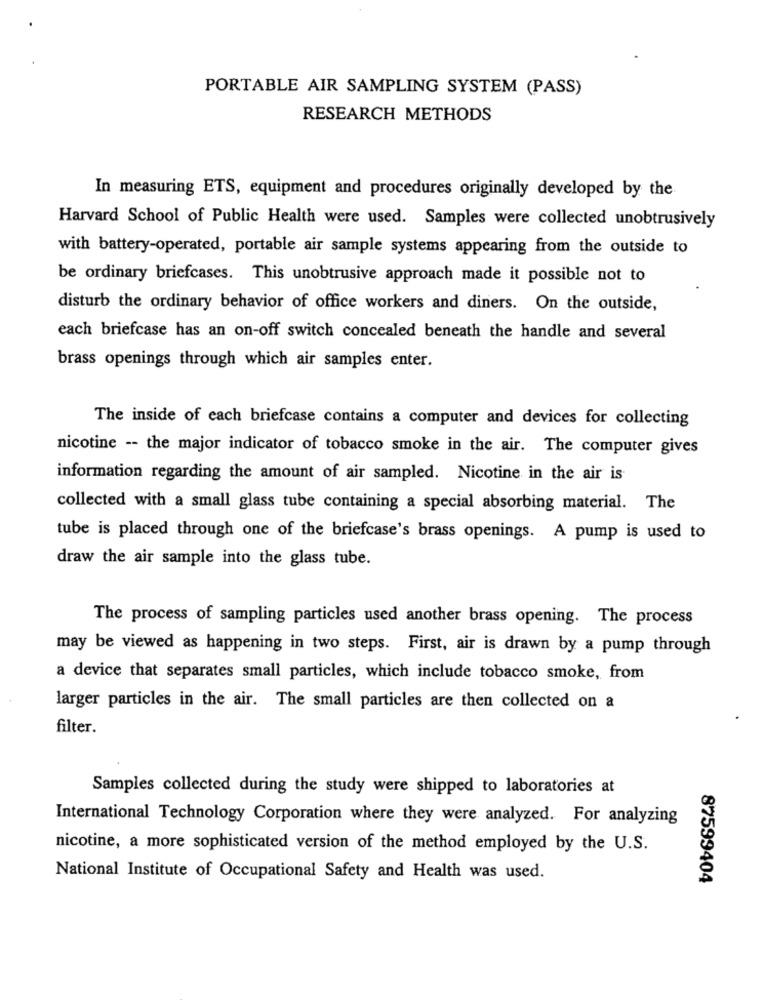
PORTABLE AIR SAMPLING SYSTEM (PASS)
RESEARCH METHODS
In measuring ETS, equipment and procedures originally developed by the
Harvard School of Public Health were used. Samples were collected unobtrusively
with battery-operated, portable air sample systems appearing from the outside to
be ordinary briefcases. This unobtrusive approach made it possible not to
disturb the ordinary behavior of office workers and diners. On the outside,
each briefcase has an on-off switch concealed beneath the handle and several
brass openings through which air samples enter.
The inside of each briefcase contains a computer and devices for collecting
nicotine -- the major indicator of tobacco smoke in the air. The computer gives
information regarding the amount of air sampled. Nicotine in the air is
collected with a small glass tube containing a special absorbing material. The
tube is placed through one of the briefcase's brass openings. A pump is used to
draw the air sample into the glass tube.
The process of sampling particles used another brass opening. The process
may be viewed as happening in two steps. First, air is drawn by a pump through
a device that separates small particles, which include tobacco smoke, from
larger particles in the air. The small particles are then collected on a
filter.
Samples collected during the study were shipped to laboratories at
International Technology Corporation where they were analyzed. For analyzing
nicotine, a more sophisticated version of the method employed by the U.S.
National Institute of Occupational Safety and Health was used.
87599404